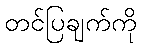
တင်ပြချက်ကို